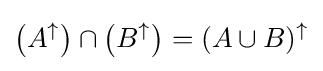
\left(A^{\uparrow }\right)\cap \left(B^{\uparrow }\right)=(A\cup B)^{\uparrow }